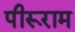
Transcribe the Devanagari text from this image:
पीरूराम